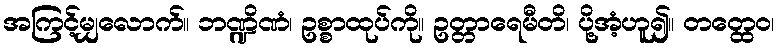
အကြင့်မျှလောက်။ ဘဏ္ဍိဏံ၊ ဥစ္စာထုပ်ကို။ ဥတ္တာရေမီတိ၊ ပို့အံ့ဟူ၍။ တတ္ထေဝ၊